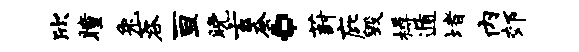
欣瞳兔蓉亘晚玄蚕。葑庇毁樽遁堵内郊